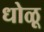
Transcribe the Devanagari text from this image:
धोळू